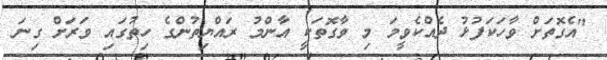
"އެގޮތަށް ވާހަކަފުޅު ދެއްކެވީމަ މި ވާގޮތަކީ އާންމު ރައްޔިތުންގެ ހިތުގައި ވަރަށް ގިނަ